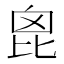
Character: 𣬉